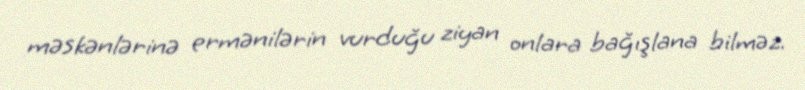
məskənlərinə ermənilərin vurduğu ziyan onlara bağışlana bilməz.